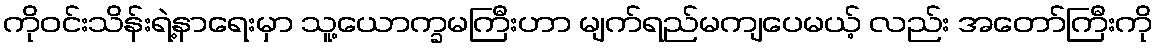
ကိုဝင်းသိန်းရဲ့နာရေးမှာ သူ့ယောက္ခမကြီးဟာ မျက်ရည်မကျပေမယ့် လည်း အတော်ကြီးကို